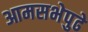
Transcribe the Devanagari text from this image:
आमसभेपुढे